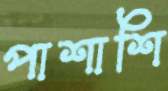
পাশাশি